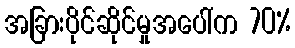
အခြားပိုင်ဆိုင်မှုအပေါ်က 70%